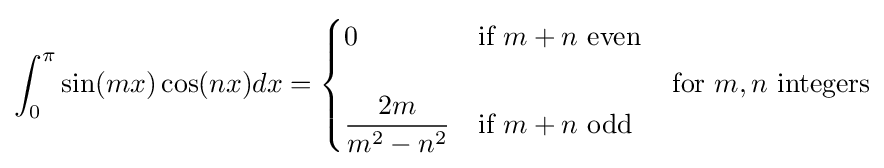
\int _{0}^{\pi }\sin(mx)\cos(nx)dx={\begin{cases}0&{\text{if }}m+n{\text{ even}}\\\\{\dfrac {2m}{m^{2}-n^{2}}}&{\text{if }}m+n{\text{ odd}}\end{cases}}\quad {\text{for }}m,n{\text{ integers}}